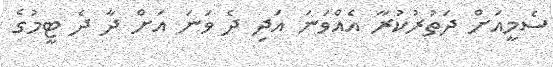
ސެމީއަށް ދަތުރުކުރާ އެއްވަނަ އަދި ދެ ވަނަ އަށް ދާ ދެ ޓީމުގެ